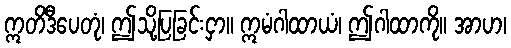
ဣတိဒီပေတုံ၊ ဤသို့ပြခြင်းငှာ။ ဣမံဂါထာယံ၊ ဤဂါထာကို။ အာဟ၊